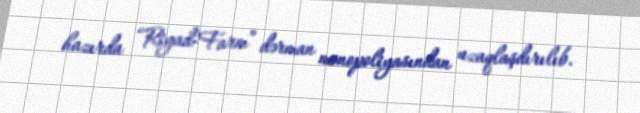
hazırda “Riyad-Farm” dərman monopoliyasından uzaqlaşdırılıb.